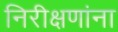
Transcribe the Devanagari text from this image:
निरीक्षणांना